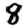
Digit: 8